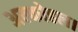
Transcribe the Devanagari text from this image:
अल्कोहल।